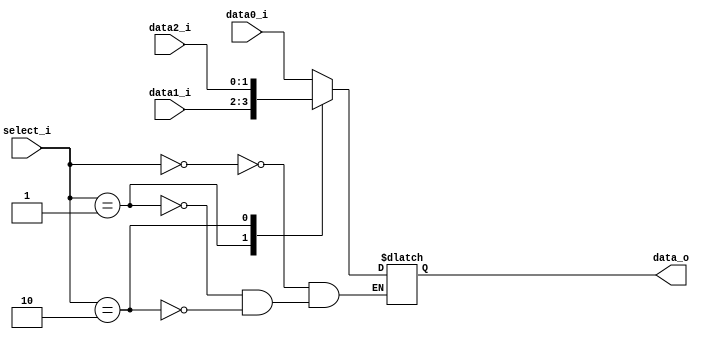
//Subject:     CO project 2 - MUX 221
//--------------------------------------------------------------------------------
//Version:     1
//--------------------------------------------------------------------------------
//Writer:      Luke
//----------------------------------------------
//----------------------------------------------
//Description: 
//--------------------------------------------------------------------------------
     
module MUX_3to1(
               data0_i,
               data1_i,
               data2_i,
               select_i,
               data_o
               );

parameter size = 0;			   
			
//I/O ports               
input   [size-1:0] data0_i;          
input   [size-1:0] data1_i;
input   [size-1:0] data2_i;
input   [2-1:0]  select_i;
output  [size-1:0] data_o; 

//Internal Signals
reg     [size-1:0] data_o;
//Main function
always@(*)begin
    case(select_i)
        0: data_o <= data0_i;
        1: data_o <= data1_i;
        2: data_o <= data2_i;
    endcase
end
endmodule